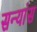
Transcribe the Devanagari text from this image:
सन्यांस